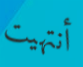
أنتهيت